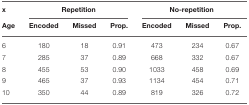
<table><thead><tr><td><b>x</b></td><td colspan="3"><b>Repetition</b></td><td colspan="3"><b>No-repetition</b></td></tr><tr><td><b>Age</b></td><td><b>Encoded</b></td><td><b>Missed</b></td><td><b>Prop.</b></td><td><b>Encoded</b></td><td><b>Missed</b></td><td><b>Prop.</b></td></tr></thead><tbody><tr><td>6</td><td>180</td><td>18</td><td>0.91</td><td>473</td><td>234</td><td>0.67</td></tr><tr><td>7</td><td>285</td><td>37</td><td>0.89</td><td>668</td><td>332</td><td>0.67</td></tr><tr><td>8</td><td>455</td><td>53</td><td>0.90</td><td>1033</td><td>458</td><td>0.69</td></tr><tr><td>9</td><td>465</td><td>37</td><td>0.93</td><td>1134</td><td>454</td><td>0.71</td></tr><tr><td>10</td><td>350</td><td>44</td><td>0.89</td><td>819</td><td>326</td><td>0.72</td></tr></tbody></table>